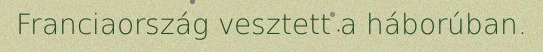
Franciaország vesztett a háborúban.